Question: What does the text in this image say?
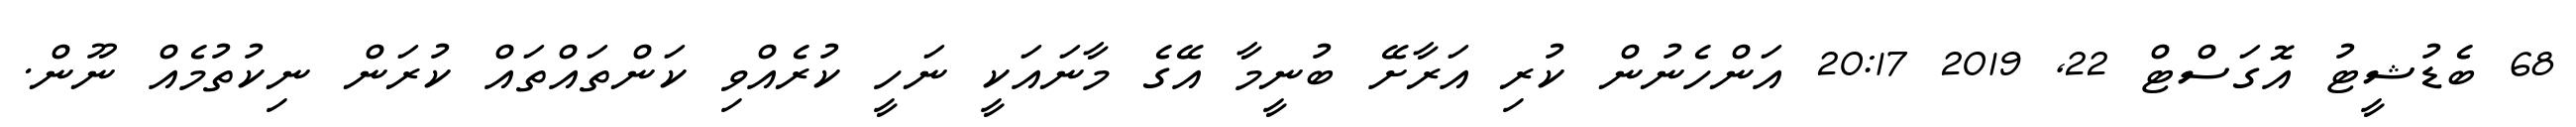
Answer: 68 ބެޑުޝީޓު އޮގަސްޓް 22, 2019 20:17 އަންހެނުން ކުރި އަރާށޭ ބުނީމާ އޭގެ މާނައަކީ ނަހީ ކުރެއްވި ކަންތައްތައް ކުރަން ނިކުތުމެއް ނޫން.